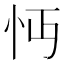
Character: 𢗔